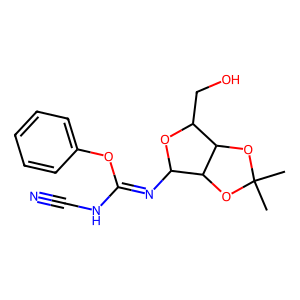
SMILES: CC1(C)OC2C(CO)OC(N=C(NC#N)Oc3ccccc3)C2O1
Inhibits HIV replication: No